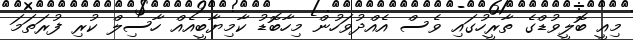
މިއީ ބޮލީވުޑްގެ ތާރީހުގައި ވެސް އެއްދުވަހުން މިހާބޮޑު ކާމިޔާބީއެއް ހާސިލް ކުރި ފުރަތަމަ